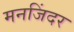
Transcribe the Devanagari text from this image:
मनजिंदर